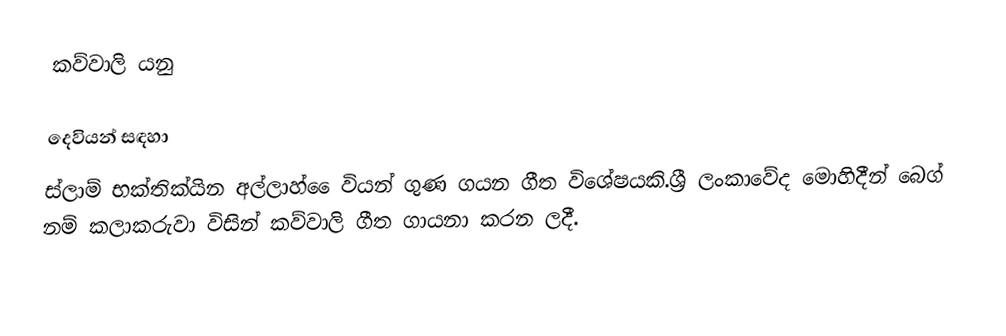
කව්වාලි යනු

දෙවියන් සඳහා
ස්ලාම් භක්තික්යින අල්ලාහ් ෙෙවියන් ගුණ ගයන ගීත විශේෂයකි.ශ්‍රී ලංකාවේද මොහිදීන් බෙග් නම් කලාකරුවා විසින් කව්වාලි ගීත ගායනා කරන ලදී.